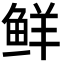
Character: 鲜